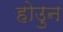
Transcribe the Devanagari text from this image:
होउुन